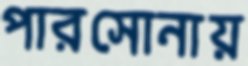
পারসোনায়